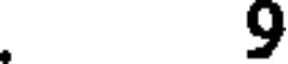
.